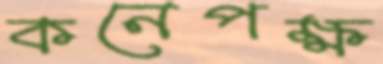
কনেপক্ষ